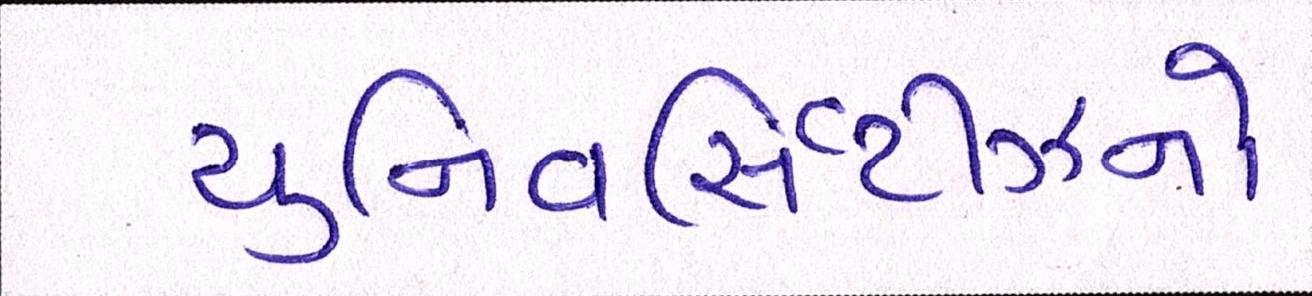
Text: યુનિવર્સિટીઝનો